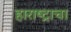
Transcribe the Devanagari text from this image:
हाराष्ट्राचा